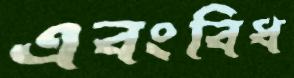
এবংবিধ